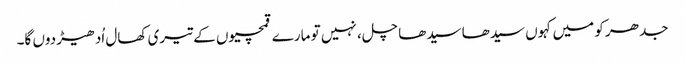
جدھر کو میں کہوں سیدھا سیدھا چل، نہیں تو مارے قمچیوں کے تیری کھال اُدھیڑ دوں گا۔